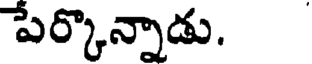
పేర్కొన్నాడు.